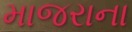
માજરાના